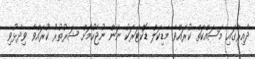
ދާއިރާގައި މަސައްކަތް ކުރައްވާ މެޑިކަލް ޑޮކްޓަރަކު ނަން ނުޖެހުމަށް ޝަރުތުރު ކުރައްވާ ވިދާޅުވި